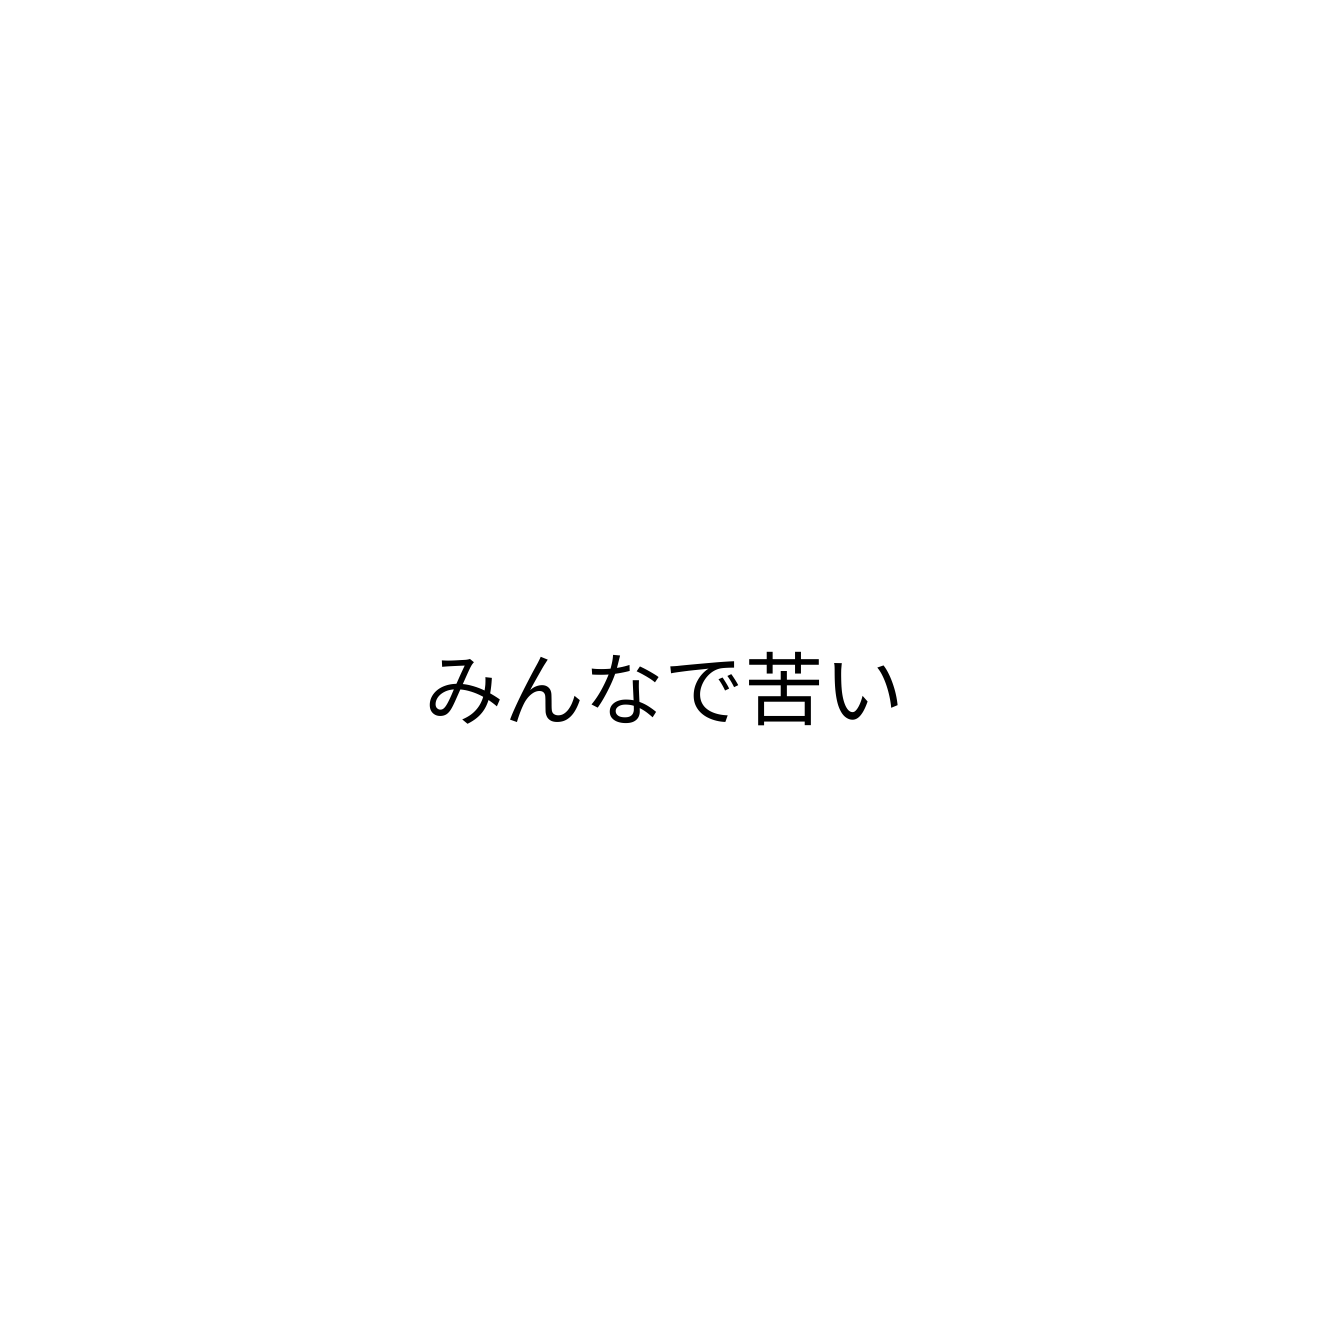
みんなで苦い